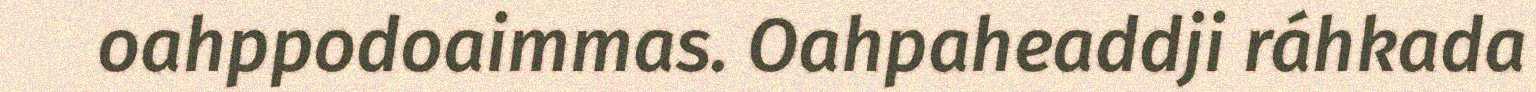
oahppodoaimmas. Oahpaheaddji ráhkada